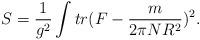
LaTeX: \begin{align*}S = \frac{1}{g^2} \int tr (F - \frac{m}{2\pi N R^2} )^2.\end{align*}